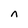
Character: n